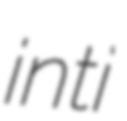
inti